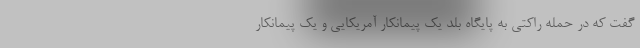
گفت که در حمله راکتی به پایگاه بلد یک پیمانکار آمریکایی و یک پیمانکار